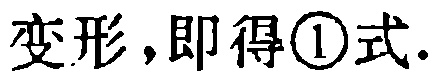
变形，即得\textcircled{1}式.